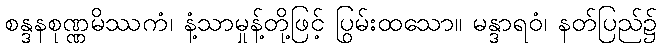
စန္ဒနစုဏ္ဏမိဿကံ၊ နံ့သာမှုန့်တို့ဖြင့် ပြွမ်းထသော။ မန္ဒာရဝံ၊ နတ်ပြည်၌